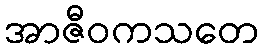
အာဇီဝကသတေ